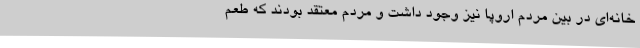
خانه‌ای در بین مردم اروپا نیز وجود داشت و مردم معتقد بودند که طعم